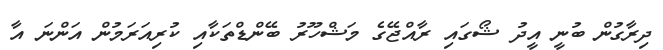
ދިރާގުން ބުނީ އީދު ޝޯގައި ރާއްޖޭގެ މަޝްހޫރު ބޭންޑްތަކާއި ކުރިއަރަމުން އަންނަ އާ